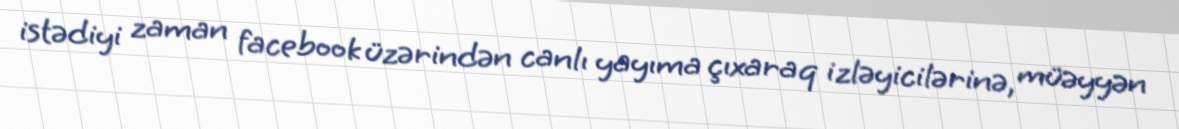
istədiyi zaman facebook üzərindən canlı yayıma çıxaraq izləyicilərinə, müəyyən